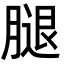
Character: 腿